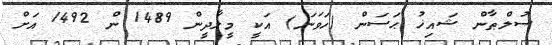
ސުލްޠާން ޝައިޚު ޙަސަން (ހަވަނަ) އަކީ މީލާދީން 1489 ން 1492 އަށް